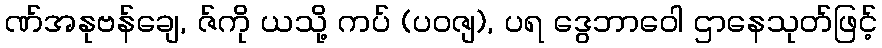
ဏ်အနုဗန်ချေ, ဇ်ကို ယသို့ ကပ် (ပဝဇျ), ပရ ဒွေဘာဝေါ ဌာနေသုတ်ဖြင့်